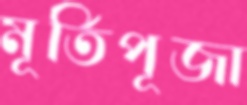
মূর্তিপূজা